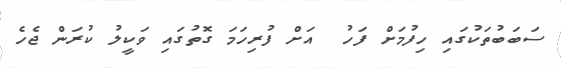
ސަބަބުތަކުގައި ހިފުމަށް ފަހު  އަށް ފުރިހަމަ ގޮތުގައި ވަކީލު ކުރަން ޖެހެ